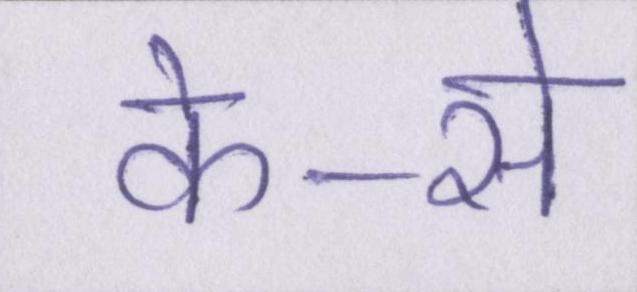
के-से